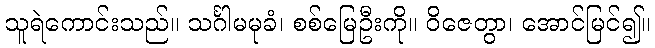
သူရဲကောင်းသည်။ သင်္ဂါမမုခံ၊ စစ်မြေဦးကို။ ဝိဇေတွာ၊ အောင်မြင်၍။